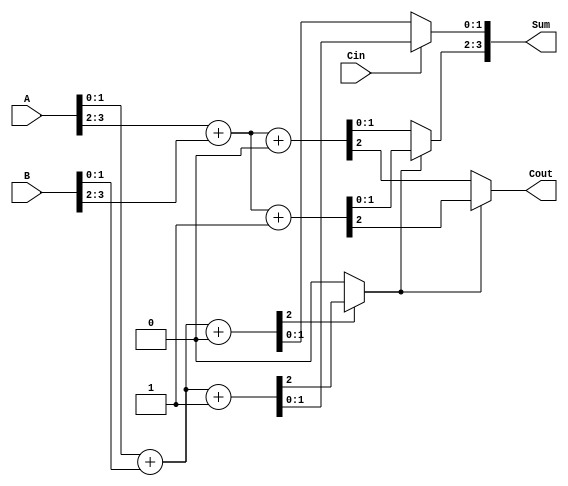
module CarrySelectAdder #(
    parameter N = 4, // Total number of bits
    parameter M = 2  // Size of each block
) (
    input  [N-1:0] A,   // First n-bit input
    input  [N-1:0] B,   // Second n-bit input
    input  Cin,         // Carry-in
    output [N-1:0] Sum, // n-bit sum output
    output Cout         // Carry-out
);

    // Number of blocks
    localparam K = N / M;

    // Intermediate signals
    wire [M-1:0] S0 [0:K-1]; // Sum for Carry-in = 0
    wire [M-1:0] S1 [0:K-1]; // Sum for Carry-in = 1
    wire C0 [0:K-1];         // Carry-out for Carry-in = 0
    wire C1 [0:K-1];         // Carry-out for Carry-in = 1
    wire [K-1:0] C;          // Carry selection signals

    // Generate blocks
    genvar i;
    generate
        for (i = 0; i < K; i = i + 1) begin : block
            // Compute sums and carries for each block
            wire [M-1:0] A_block = A[M*i +: M];
            wire [M-1:0] B_block = B[M*i +: M];

            // Block for Carry-in = 0
            assign {C0[i], S0[i]} = A_block + B_block + 1'b0;

            // Block for Carry-in = 1
            assign {C1[i], S1[i]} = A_block + B_block + 1'b1;
        end
    endgenerate

    // Carry selection logic
    assign C[0] = Cin; // First block uses the Cin directly

    generate
        for (i = 1; i < K; i = i + 1) begin : carry_selection
            assign C[i] = C0[i-1] ? C1[i-1] : C0[i-1];
        end
    endgenerate

    // Final sum and carry-out
    generate
        for (i = 0; i < K; i = i + 1) begin : final_sum
            assign Sum[M*i +: M] = C[i] ? S1[i] : S0[i];
        end
    endgenerate

    assign Cout = C[K-1] ? C1[K-1] : C0[K-1];

endmodule